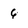
Character: 6